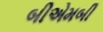
બીએમબી